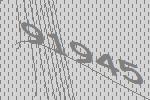
91945